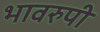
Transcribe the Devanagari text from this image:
भावरुपी